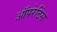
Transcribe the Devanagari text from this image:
ऑपरेटिंस